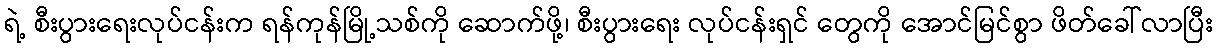
ရဲ့ စီးပွားရေးလုပ်ငန်းက ရန်ကုန်မြို့သစ်ကို ဆောက်ဖို့၊ စီးပွားရေး လုပ်ငန်းရှင် တွေကို အောင်မြင်စွာ ဖိတ်ခေါ်လာပြီး